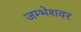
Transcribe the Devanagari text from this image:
जम्भेशवर